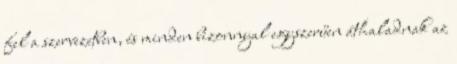
fel a szervezetben, és minden bizonnyal egyszerűen áthaladnak az